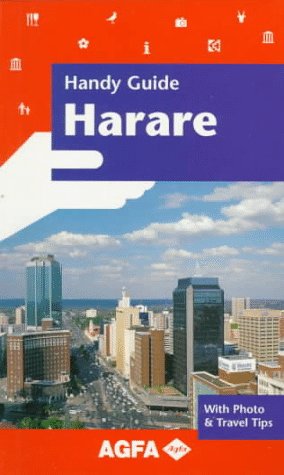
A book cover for Handy Guide to Harare (Agfa Handy Guides); Paul Tingay; Travel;